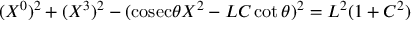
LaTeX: ( X ^ { 0 } ) ^ { 2 } + ( X ^ { 3 } ) ^ { 2 } - ( \mathrm { c o s e c } \theta X ^ { 2 } - L C \cot \theta ) ^ { 2 } = L ^ { 2 } ( 1 + C ^ { 2 } )